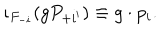
LaTeX: \iota _ { F _ { - i } } ( g P _ { + i ^ { \prime } } ) \equiv g \cdot p _ { i } .